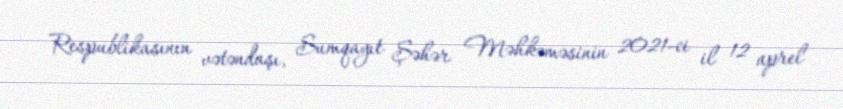
Respublikasının vətəndaşı, Sumqayıt Şəhər Məhkəməsinin 2021-ci il 12 aprel